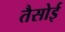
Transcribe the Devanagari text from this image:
तैसोई